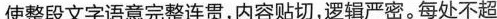
使整段文字语意完整连贯，内容贴切，逻辑严密。每处不超